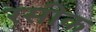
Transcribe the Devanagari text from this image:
रसीक